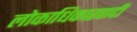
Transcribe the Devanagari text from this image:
लोकाधिकारवादी